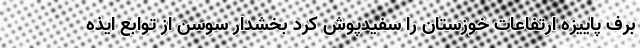
برف پاییزه ارتفاعات خوزستان را سفیدپوش کرد بخشدار سوسن از توابع ایذه